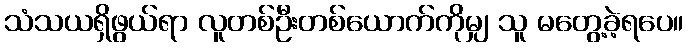
သံသယရှိဖွယ်ရာ လူတစ်ဦးတစ်ယောက်ကိုမျှ သူ မတွေ့ခဲ့ရပေ။